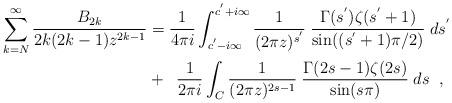
LaTeX: \begin{align*}\sum_{k=N}^{\infty} \frac{B_{2k}}{2k(2k-1)z^{2k-1}} & = \frac{1}{4\pi i} \int_{c^{'}-i\infty}^{c^{'}+i\infty} \frac{1}{(2\pi z)^{s^{'}}} \; \frac{\Gamma(s^{'}) \zeta(s^{'}+1)}{\sin((s^{'}+1) \pi/2)} \; ds^{'}\\& + \;\; \frac{1}{2\pi i} \int_{C} \frac{1}{(2\pi z)^{2s-1}} \; \frac{\Gamma(2s-1) \zeta(2s)}{\sin(s \pi)} \; ds \;\;,\end{align*}